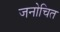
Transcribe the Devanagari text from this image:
जनोचित